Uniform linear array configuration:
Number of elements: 12
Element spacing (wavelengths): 0.5
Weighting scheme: hamming
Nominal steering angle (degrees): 60
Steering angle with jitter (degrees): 58.174
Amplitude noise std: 0.05
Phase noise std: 0.05

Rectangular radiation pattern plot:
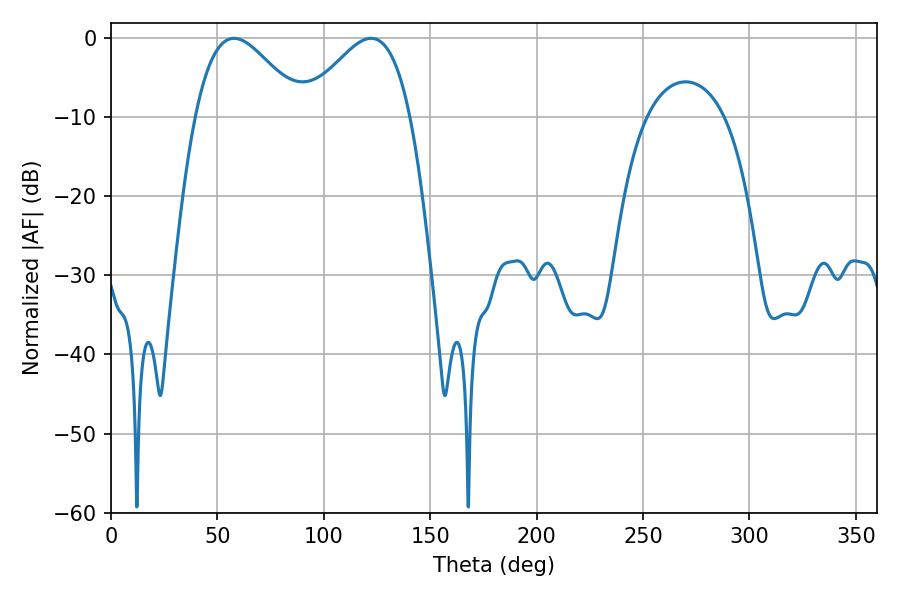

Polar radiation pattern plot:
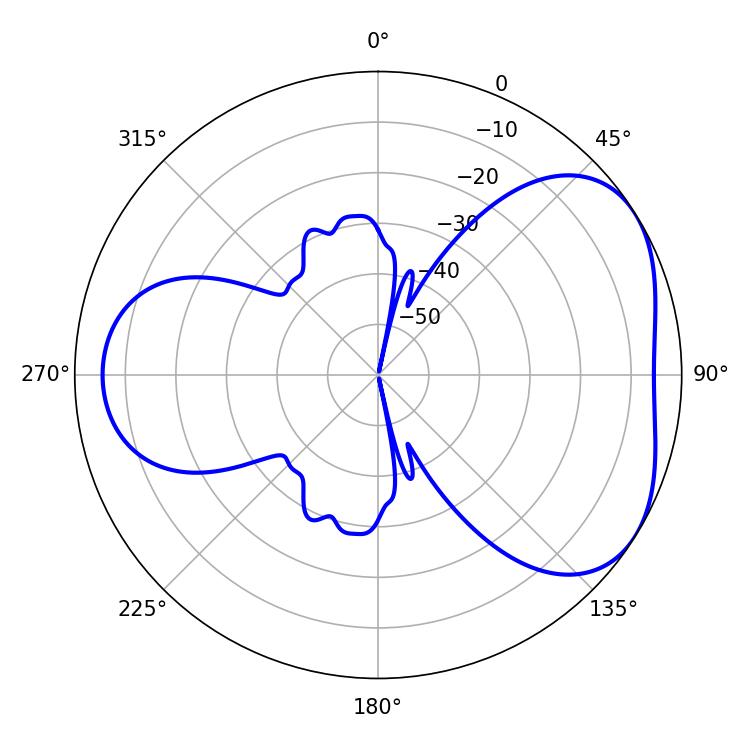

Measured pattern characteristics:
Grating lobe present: FALSE
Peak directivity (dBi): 4.281
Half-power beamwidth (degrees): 26.82
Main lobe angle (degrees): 57.78